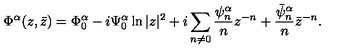
\Phi ^ { \alpha } ( z , \bar { z } ) = \Phi _ { 0 } ^ { \alpha } - i \Psi _ { 0 } ^ { \alpha } \ln | z | ^ { 2 } + i \sum _ { n \neq 0 } \frac { \psi _ { n } ^ { \alpha } } n z ^ { - n } + \frac { \bar { \psi } _ { n } ^ { \alpha } } n \bar { z } ^ { - n } .